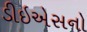
ડીઇએસનો